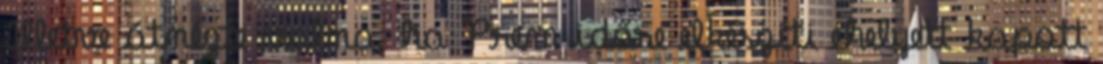
Illetve átnézte volna, ha Prem időre elkészíti ehelyett kapott